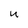
Character: u